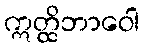
ဣတ္ထိဘာဝေါ